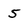
Character: 5